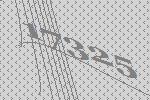
17325